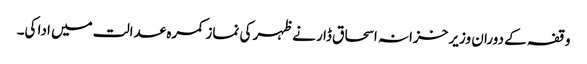
وقفہ کے دوران وزیر خزانہ اسحاق ڈا ر نے ظہر کی نماز کمرہ عدالت میں ادا کی۔